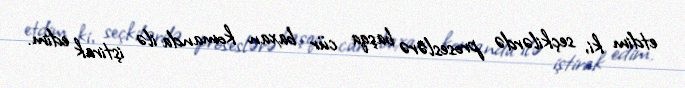
etdim ki, seçkilərdə proseslərə başqa cür baxan komanda ilə iştirak edim.